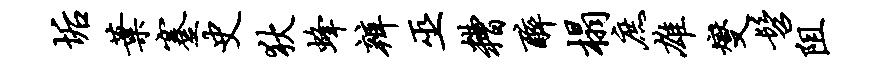
垢叶蹇史狄蜂辨巫糟醉榻庶雄燮髫阻